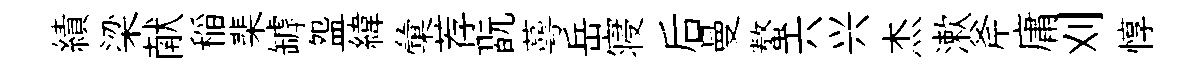
績梁献稲棐罅盌緯彙荐翫蕚岳寝后曼螯六兴杰漱斧庸刈惇